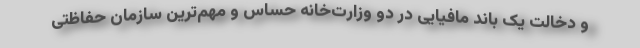
و دخالت یک باند مافیایی در دو وزارت‌خانه حساس و مهم‌ترین سازمان حفاظتی